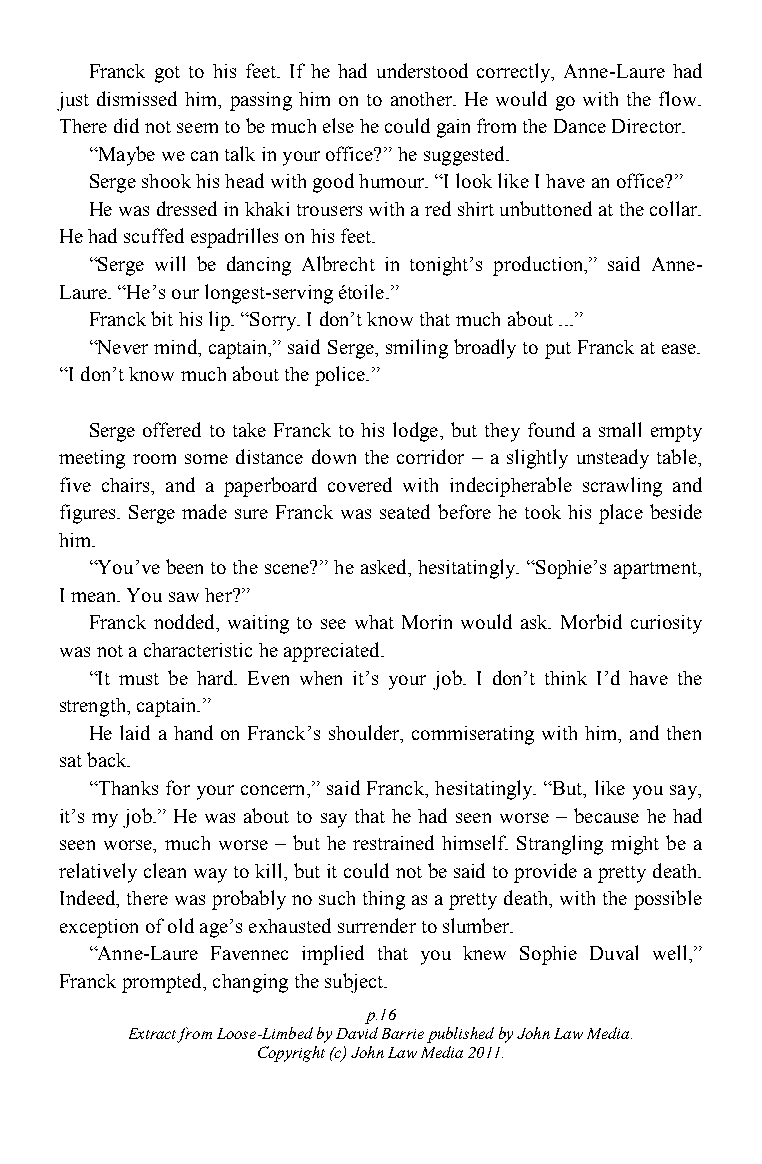
Franck got to his feet. If he had understood correctly, Anne-Laure had
 just dismissed him, passing him on to another. He would go with the flow.
 There did not seem to be much else he could gain from the Dance Director.
 “Maybe we can talk in your office?” he suggested.
 Serge shook his head with good humour. “I look like I have an office?”
 He was dressed in khaki trousers with a red shirt unbuttoned at the collar.
 He had scuffed espadrilles on his feet.
 “Serge will be dancing Albrecht in tonight‟s production,” said Anne-
 Laure. “He‟s our longest-serving étoile.”
 Franck bit his lip. “Sorry. I don‟t know that much about ...”
 “Never mind, captain,” said Serge, smiling broadly to put Franck at ease.
 “I don‟t know much about the police.”
 Serge offered to take Franck to his lodge, but they found a small empty
 meeting room some distance down the corridor – a slightly unsteady table,
 five chairs, and a paperboard covered with indecipherable scrawling and
 figures. Serge made sure Franck was seated before he took his place beside
 him.
 “You‟ve been to the scene?” he asked, hesitatingly. “Sophie‟s apartment,
 I mean. You saw her?”
 Franck nodded, waiting to see what Morin would ask. Morbid curiosity
 was not a characteristic he appreciated.
 “It must be hard. Even when it‟s your job. I don‟t think I‟d have the
 strength, captain.”
 He laid a hand on Franck‟s shoulder, commiserating with him, and then
 sat back.
 “Thanks for your concern,” said Franck, hesitatingly. “But, like you say,
 it‟s my job.” He was about to say that he had seen worse – because he had
 seen worse, much worse – but he restrained himself. Strangling might be a
 relatively clean way to kill, but it could not be said to provide a pretty death.
 Indeed, there was probably no such thing as a pretty death, with the possible
 exception of old age‟s exhausted surrender to slumber.
 “Anne-Laure Favennec implied that you knew Sophie Duval well,”
 Franck prompted, changing the subject.
 p.16
 Extract from Loose-Limbed by David Barrie published by John Law Media.
 Copyright (c) John Law Media 2011.